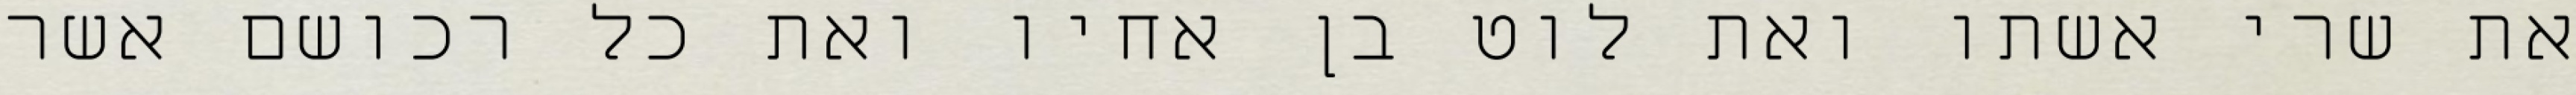
את שרי אשתו ואת לוט בן אחיו ואת כל רכושם אשר